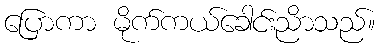
ပြောကာ မိုက်ကယ်ခေါင်းညိာသည်။